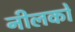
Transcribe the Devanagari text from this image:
नीलकों